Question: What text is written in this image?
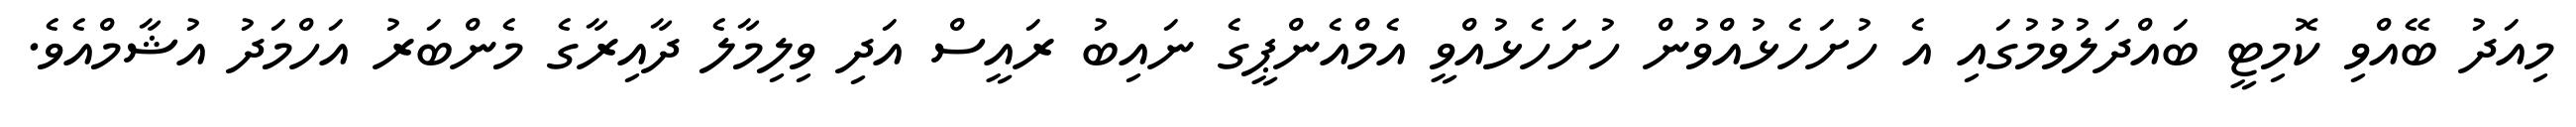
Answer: މިއަދު ބޭއްވި ކޮމިޓީ ބައްދަލުވުމުގައި އެ ހުށަހެޅުއްވުން ހުށަހެޅުއްވީ އެމްއެންޕީގެ ނައިބު ރައީސް އަދި ވިލިމާލެ ދާއިރާގެ މެންބަރު އަހްމަދު އުޝާމްއެވެ.